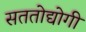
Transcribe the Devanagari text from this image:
सततोद्योगी